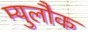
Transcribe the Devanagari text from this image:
म्युलौक